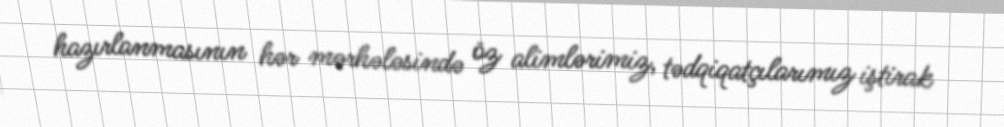
hazırlanmasının hər mərhələsində öz alimlərimiz, tədqiqatçılarımız iştirak